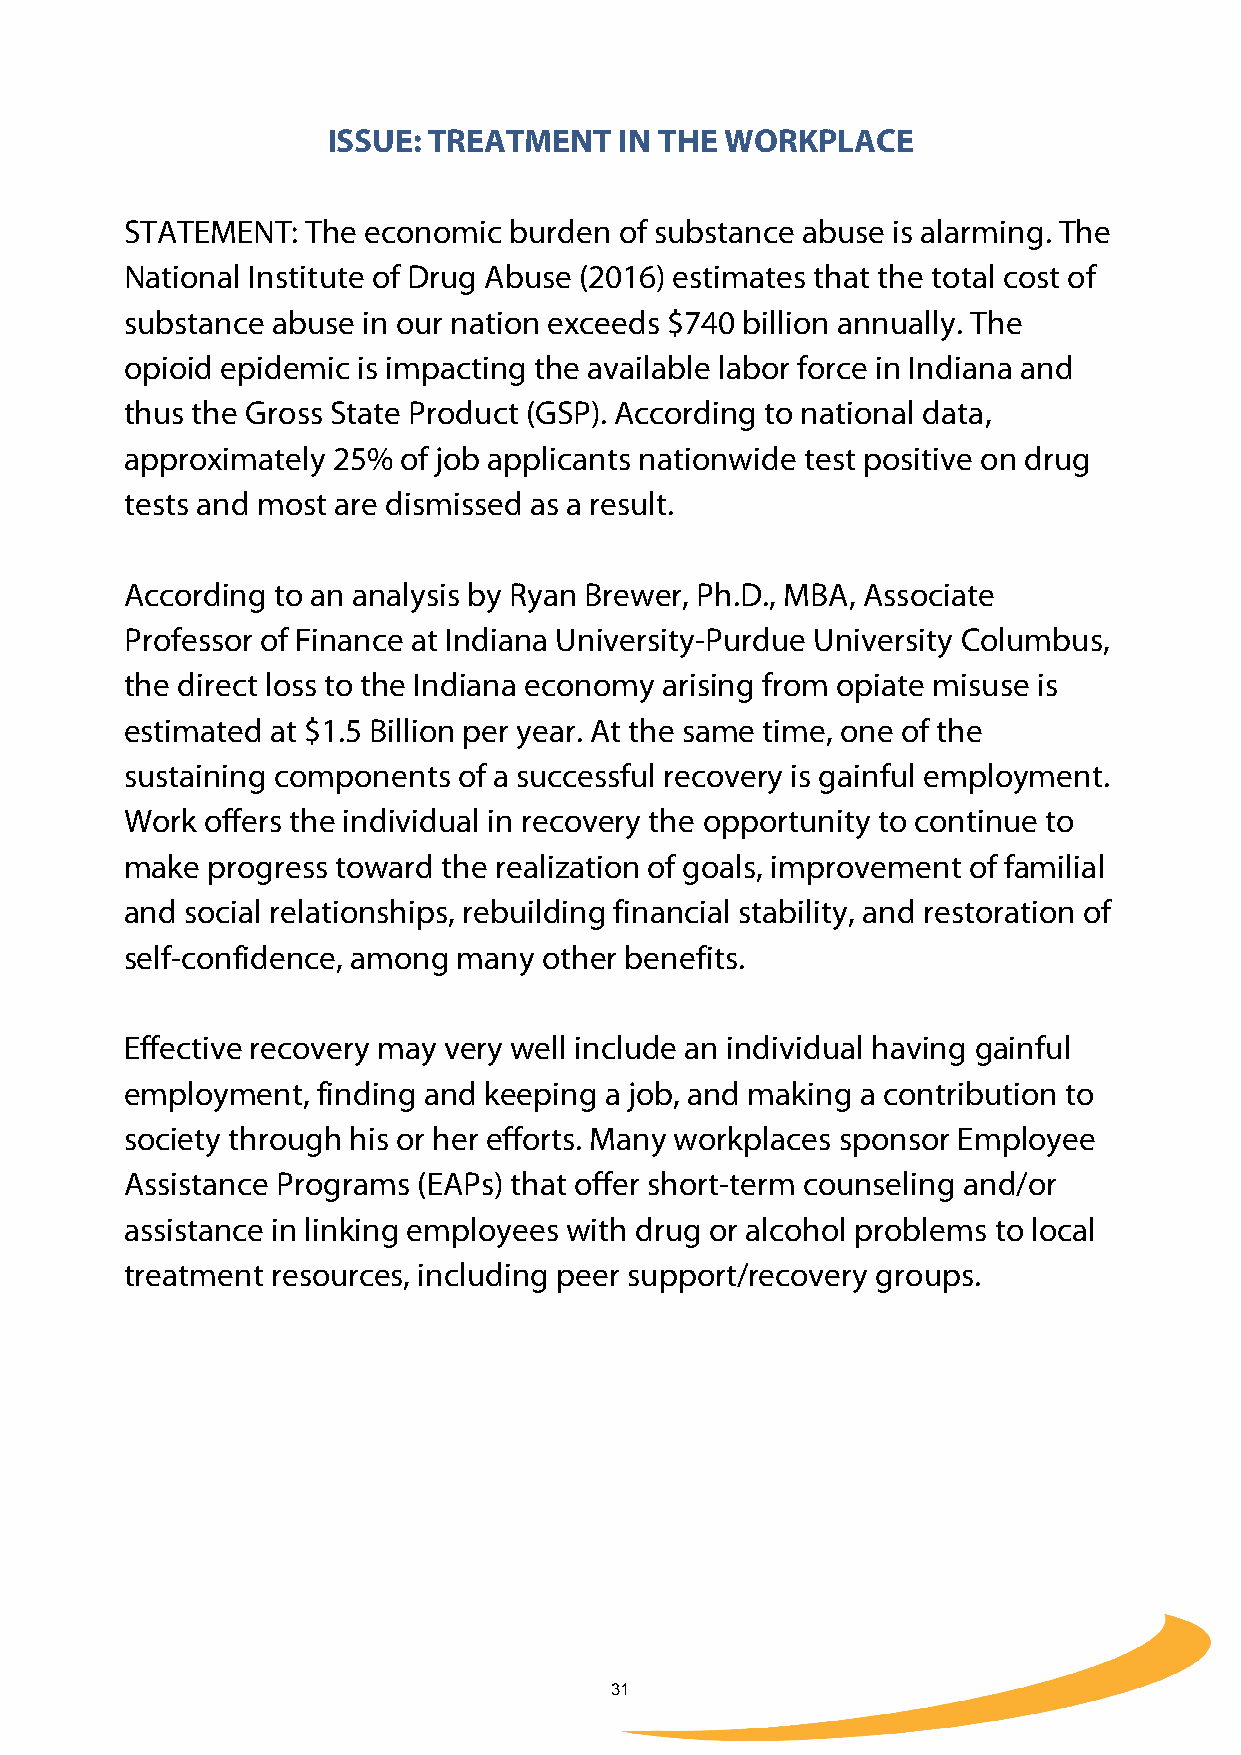
ISSUE: TREATMENT   IN THE WORKPLACE
 STATEMENT:  The economic  burden of substance abuse is alarming. The
 National Institute of Drug Abuse (2016) estimates that the total cost of
 substance abuse in our nation exceeds $740 billion annually. The
 opioid epidemic is impacting the available labor force in Indiana and
 thus the Gross State Product (GSP). According to national data,
 approximately 25%  of job applicants nationwide test positive on drug
 tests and most are dismissed as a result.
 According to an analysis by Ryan Brewer, Ph.D., MBA, Associate
 Professor of Finance at Indiana University-Purdue University Columbus,
 the direct loss to the Indiana economy arising from opiate misuse is
 estimated at $1.5 Billion per year. At the same time, one of the
 sustaining components of a successful recovery is gainful employment.
 Work  offers the individual in recovery the opportunity to continue to
 make  progress toward the realization of goals, improvement of familial
 and social relationships, rebuilding financial stability, and restoration of
 self-confidence, among many other benefits.
 Effective recovery may very well include an individual having gainful
 employment,  finding and keeping a job, and making a contribution to
 society through his or her efforts. Many workplaces sponsor Employee
 Assistance Programs (EAPs) that offer short-term counseling and/or
 assistance in linking employees with drug or alcohol problems to local
 treatment resources, including peer support/recovery groups.
 31